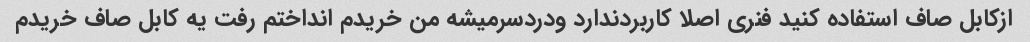
ازکابل صاف استفاده کنید فنری اصلا کاربردندارد ودردسرمیشه من خریدم انداختم رفت یه کابل صاف خریدم